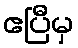
ဧပြီမှ